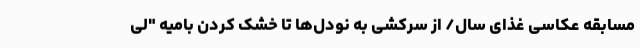
مسابقه عکاسی غذای سال/ از سرکشی به نودل‌ها تا خشک کردن بامیه "لی